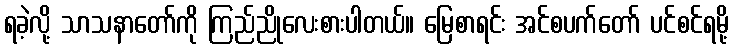
ရခဲ့လို့ သာသနာတော်ကို ကြည်ညိုလေးစားပါတယ်။ မြေစာရင်း အင်စပက်တော် ပင်စင်ရမို့